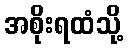
အစိုးရထံသို့